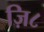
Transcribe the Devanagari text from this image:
ज़ि८